King Institute of Preventive Medicine Micro-Biological Section reports 1909-11
Year: 1909
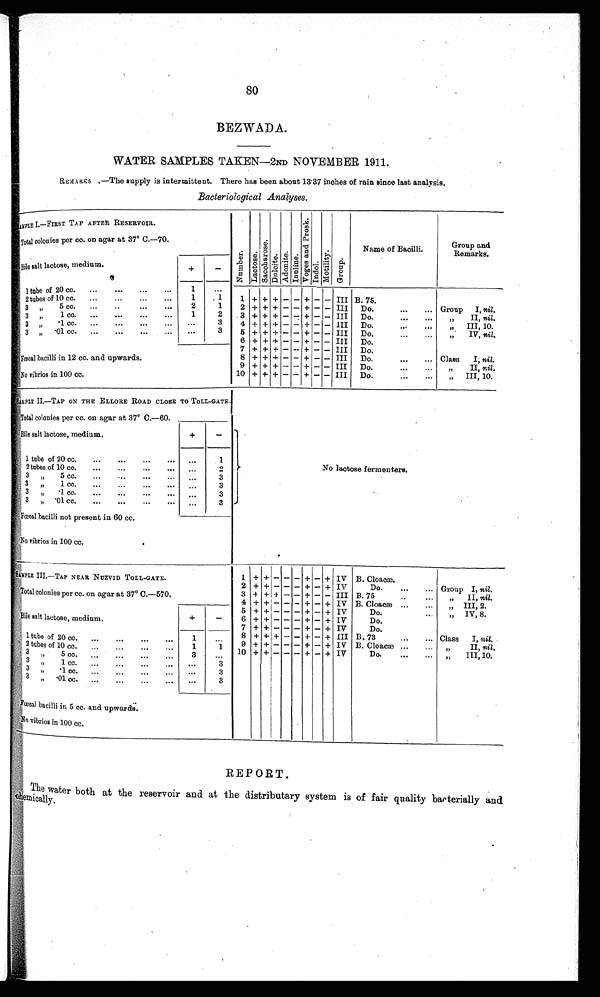
80
BEZWADA.
WATER SAMPLES TAKEN—2ND NOVEMBER 1911.
REMARKS .—The supply is intermittent. There has been about 13.37 inches of rain since last analysis.
Bacteriological Analyses.
SAMPLE I.—FIRST TAP AFTER RESERVOIR.
N u m b e r . L a c t o s e . S a c o h a r o s e . D n l c i t e . A d o n i t e . I n u l i n e .
V o g e s a n d P r o s k .
I n d o l .
M o t i l i t y .
Gr oup.
Name of Bacilli.
Group and
Remarks.
Total colonies per cc. on agar at 37° C.—70.
Bile salt lactose, medium.
+
-
1 tube of 20 cc. . . .
1
. . .
1 + + + - - +
-
- III B. 75.
2 tubes of 10 cc. . . .
1
.1
2
1
2 + + + - - + - - III Do. . . .
Group
I, nil.
3 „
5 cc.
. . .
1
2
3 + + + - - + - - III Do. . . .
" I I ,
n i l .
3 „
1 c
c. . . .
3 „
.1 cc. . . .
. . .
3
4 + + + - - + - - III Do. . . .
" I I I , 1 0 .
3"
.01 cc. . . .
. . .
3
5 + + + - - + - - III Do. . . .
"
IV, nil.
6 + + + - - + - - III Do.
Fœcal bacilli in 12 cc. and upwards.
7 + + + - - + - - III Do.
8 + + + - - + - - III Do. . . .
Class
I; nil.
9 + + + - - + - - III Do. . . .
" I I ,
n i l .
No vibrios in 100 cc.
10 + + + - - + - - III Do. . . .
" III, 10.
SAMPLE II.—TAP ON THE ELLORE ROAD CLOSE TO TOLL-GATE.
No lactose fermenters.
Total colonies per cc. on agar at 37° C.—60.
Bile salt lactose, medium.
+
-
1 tube o f 2 0 c c . . . .
. . .
1
2 tubes of 10 cc. . . .
. . .
2
3 "
5 cc. . . .
. . .
3
3 " 1 c c . . . .
. . .
3
3 " .1 cc. . . .
. . .
3
3 "
. 0 1 c c . . . .
. . .
3
Fœcal bacilli not present in 60 cc.
No vibrios in 100 cc.
SAMPLE III,—TAP NEAR NUZVID TOLL-GATE.
1 + +
- - - +
- + IV B. Cloacæ.
2 + + - - - + - + IV
Do. . . . Group I, nil.
Total colonies per cc. on agar at 37° C.—570.
3 + + + - - + - - III B. 75 . . . "
II, nil.
4 + + - - - + - + IV B. Cloacæ . . . " III, 2.
B i l e s a l t l a c t o s e , m e d i u m .
+
-
5 + + - - - + - + IV
Do. . . . " IV, 8.
6 + +
- - + - + IV
Do.
7 +
- - - + - + IV
Do.
1 tube of 20 cc
. . .
1
. . .
8 + +
+
- - + - +
I I I B. 73 . . . Class I, n i l
.
9 + + - - - + - + IV B. Cloacæ: . . . „" II
, nil.
2 t u b e s o f 1 0 c c . . . .
1
1
10 + + - - - + - + IV
D o . . . .
III, 10.
3
. . .
3 " 1 cc. . . .
3
3 " ..1 CC. . . .
. . .
3
3"
.01 cc. . . .
. . .
3
Fœcal bacilli in 5 cc. and upwards.
No vibrios in 100 cc.
REPORT.
The water both at the reservoir and at the distributary system is of fair quality bacterially and
chemically.